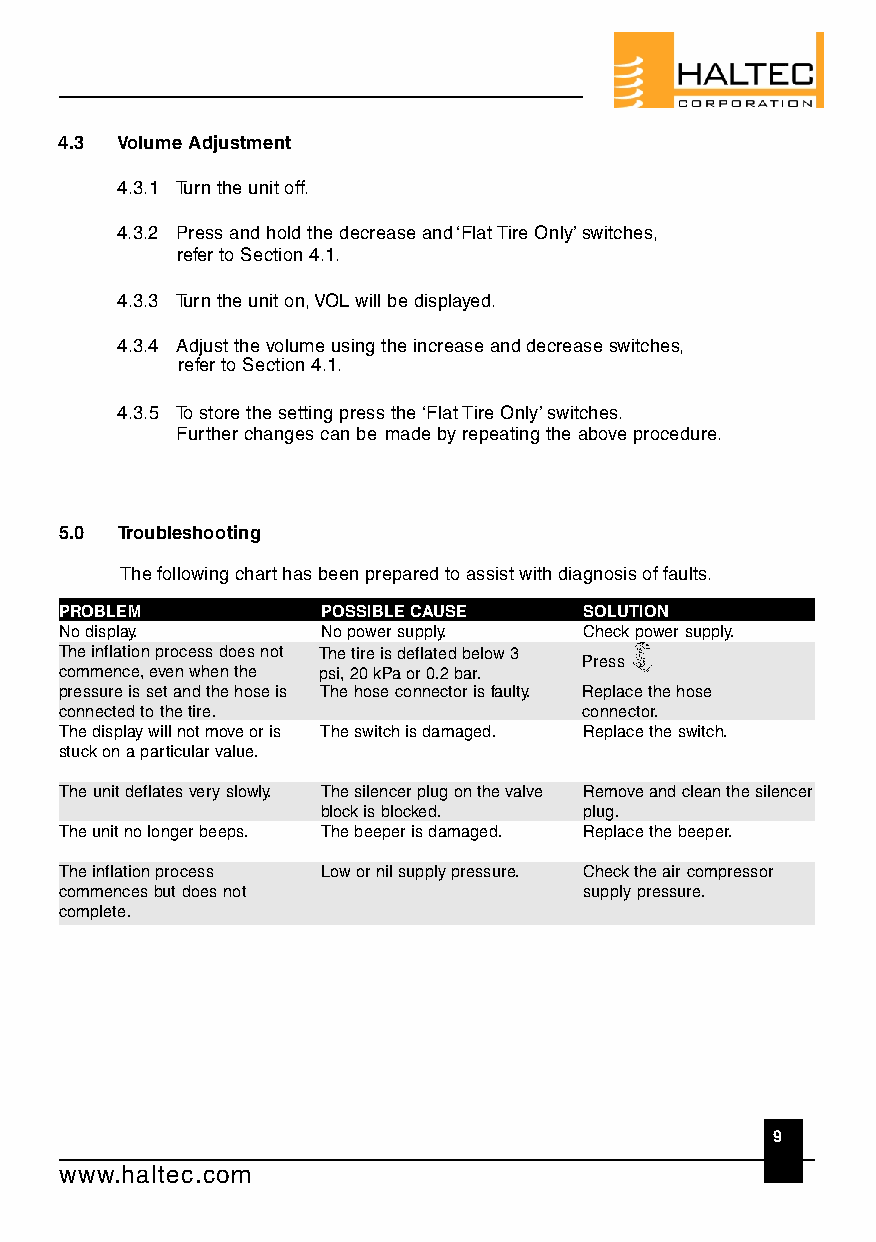
4.3 Volume Adjustment
 4.3.1 Turn the unit off.
 4.3.2 Press and hold the decrease and ‘Flat Tire Only’ switches,
 refer to Section 4.1.
 4.3.3 Turn the unit on, VOL will be displayed.
 4.3.4 Adjust the volume using the increase and d e crease switches,
 refer to Section 4.1.
 4.3.5 To store the setting press the ‘Flat Tire Only’ switches.
 Further changes can be made by repeating the above procedure.
 5.0 Troubleshooting
 The following chart has been prepared to assist with diagnosis of faults.
 PROBLEM          POSSIBLE CAUSE    SOLUTION
 No display.      No power supply.  Check power supply.
 The inflation process does not The tire is deflated below 3
 Press
 commence, even when the psi, 20 kPa or 0.2 bar.
 pressure is set and the hose is The hose connector is faulty. Replace the hose
 connected to the tire.            connector.
 The display will not move or is The switch is damaged. Replace the switch.
 stuck on a particular value.
 The unit deflates very slowly. The silencer plug on the valve Remove and clean the silencer
 block is blocked. plug.
 The unit no longer beeps. The beeper is damaged. Replace the beeper.
 The inflation process Low or nil supply pressure. Check the air compressor
 commences but does not             supply pressure.
 complete.
 9
 www.haltec.com